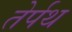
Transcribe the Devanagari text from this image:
तेर्पथ